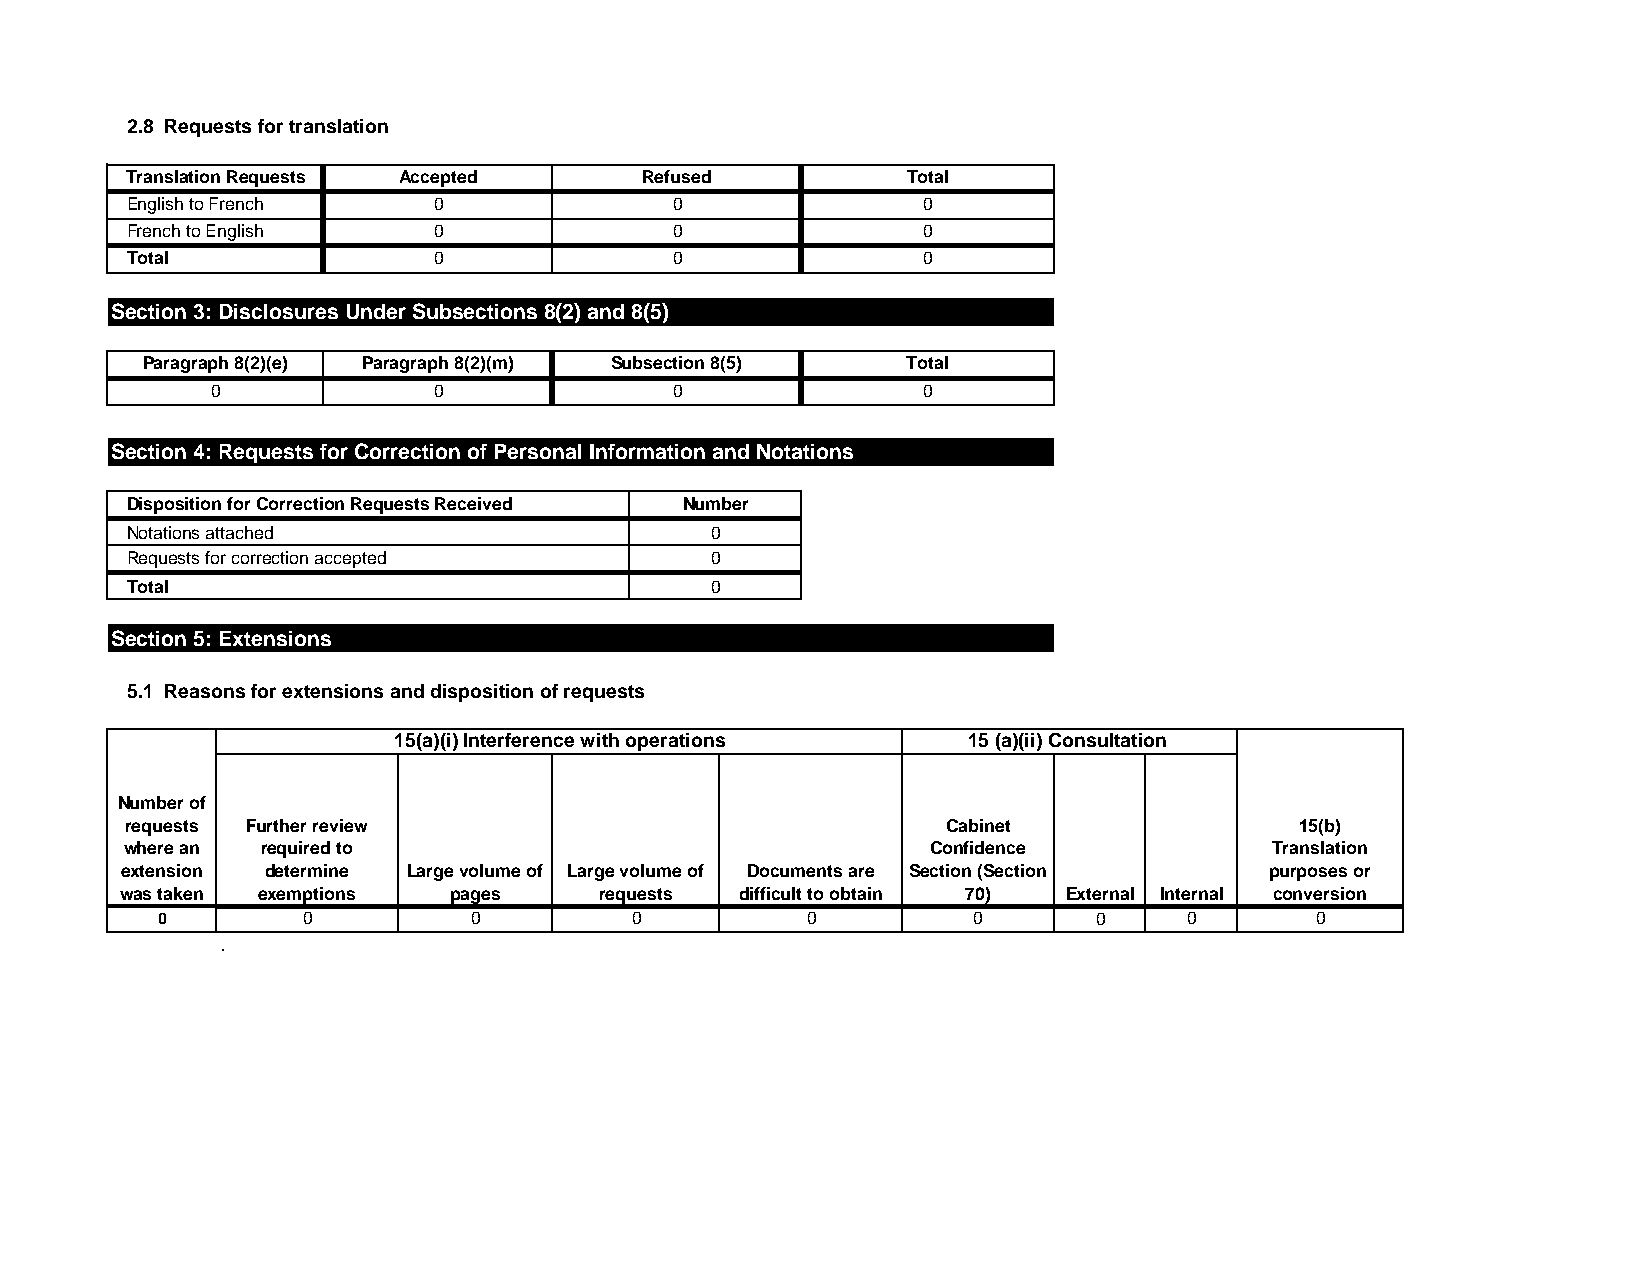
2.8 Requests for translation
 Translation Requests Accepted      Refused          Total
 English to French    0              0                0
 French to English    0              0                0
 Total                0              0                0
 Section 3: Disclosures Under Subsections 8(2) and 8(5)
 Paragraph 8(2)(e) Paragraph 8(2)(m) Subsection 8(5) Total
 0              0              0                0
 Section 4: Requests for Correction of Personal Information and Notations
 Disposition for Correction Requests Received Number
 Notations attached                     0
 Requests for correction accepted       0
 Total                                  0
 Section 5: Extensions
 5.1 Reasons for extensions and disposition of requests
 15(a)(i) Interference with operations 15 (a)(ii) Consultation
 Number of
 requests Further review                                Cabinet                15(b)
 where an required to                                  Confidence            Translation
 extension determine Large volume of Large volume of Documents are Section (Section purposes or
 was taken exemptions  pages     requests difficult to obtain 70) External Internal conversion
 0         0          0          0          0          0       0      0       0
 .